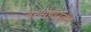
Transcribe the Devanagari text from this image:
नरसंहारकी